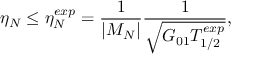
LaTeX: \eta _ { N } \leq \eta _ { N } ^ { e x p } = \frac { 1 } { | { \cal M } _ { N } | } \frac { 1 } { \sqrt { G _ { 0 1 } T _ { 1 / 2 } ^ { e x p } } } ,